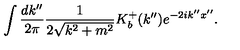
\int \frac { d k ^ { \prime \prime } } { 2 \pi } \frac { 1 } { 2 \sqrt { k ^ { 2 } + m ^ { 2 } } } K _ { b } ^ { + } ( k ^ { \prime \prime } ) e ^ { - 2 i k ^ { \prime \prime } x ^ { \prime \prime } } .